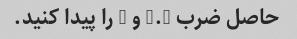
حاصل ضرب 1.8 و 5 را پیدا کنید.